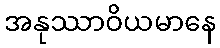
အနုဿာဝိယမာနေ